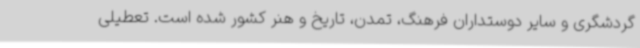
گردشگری و سایر دوستداران فرهنگ، تمدن، تاریخ و هنر کشور شده است. تعطیلی